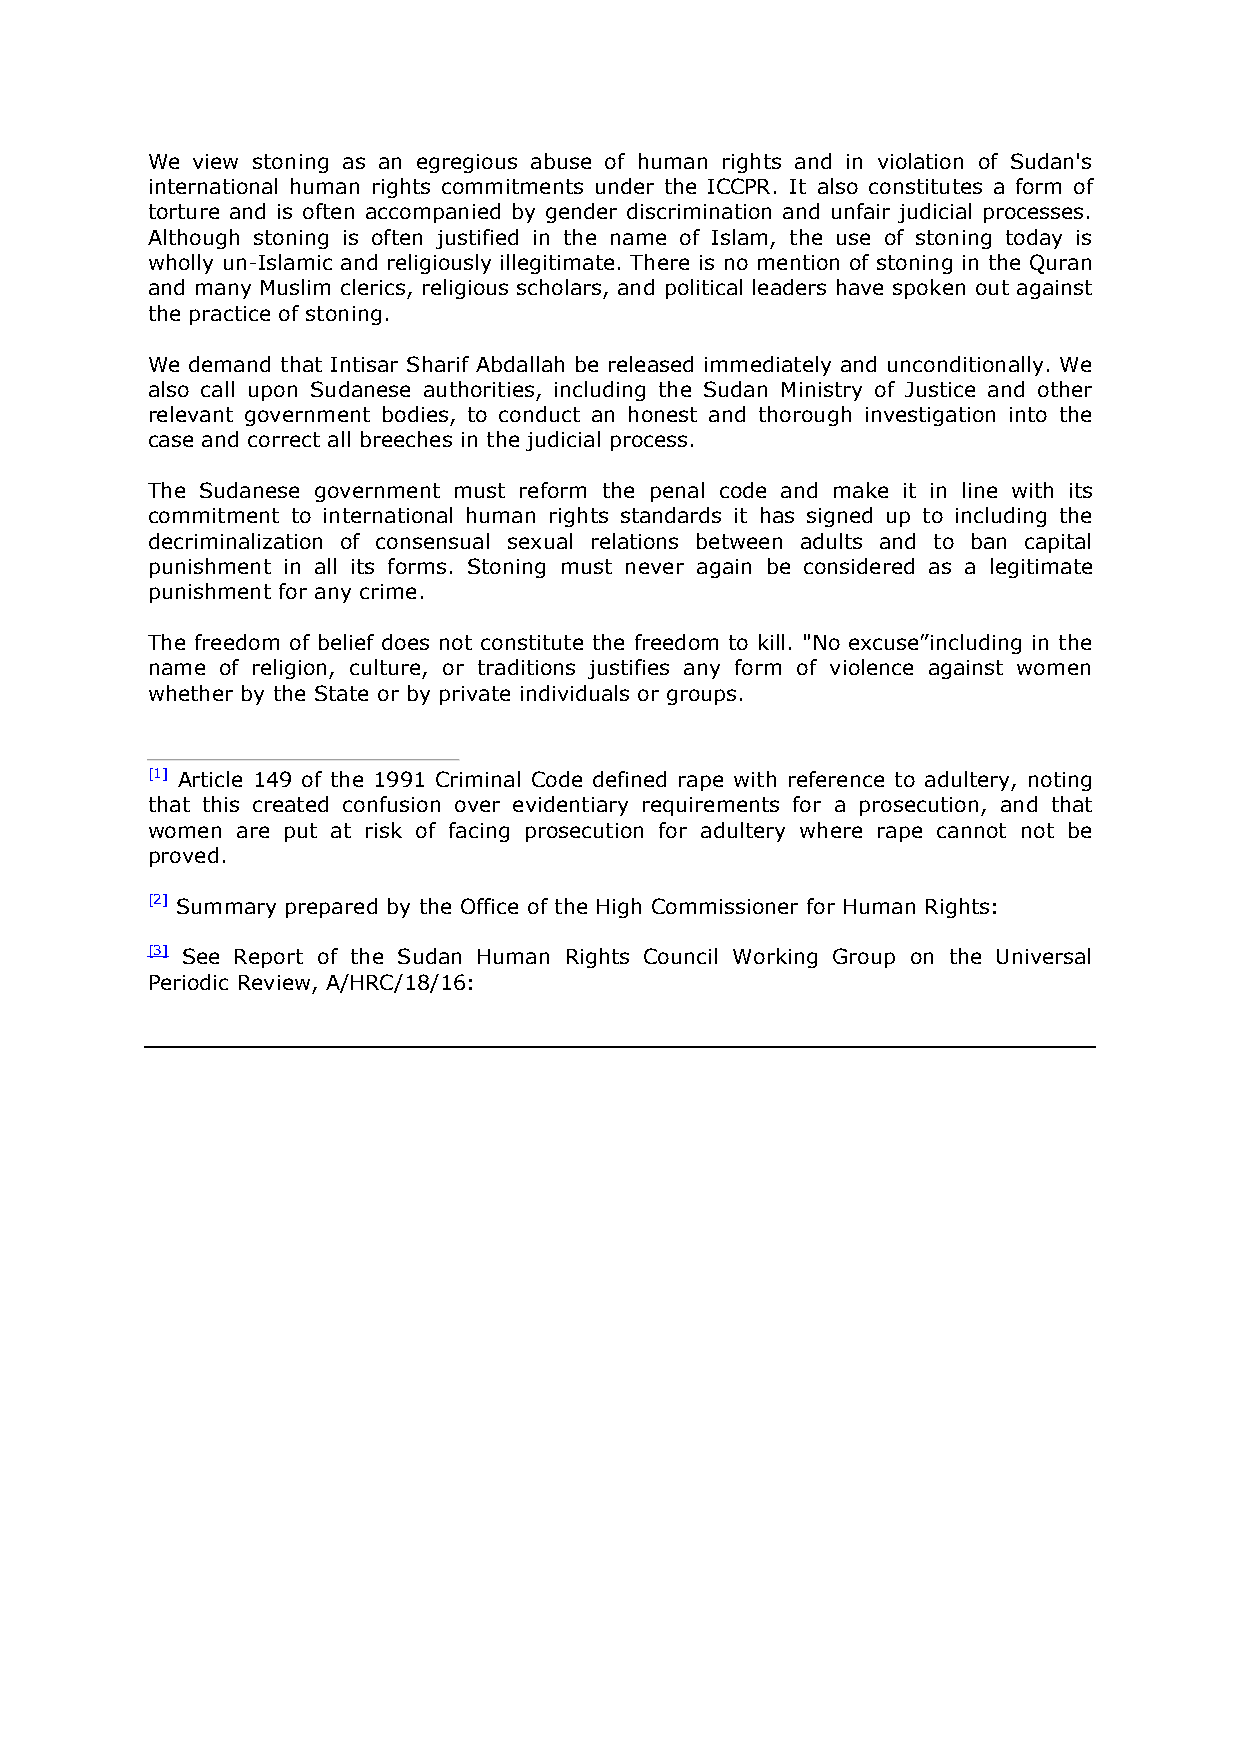
We view stoning as an egregious abuse of human rights and in violation of Sudan's
 international human rights commitments under the ICCPR. It also constitutes a form of
 torture and is often accompanied by gender discrimination and unfair judicial processes.
 Although stoning is often justified in the name of Islam, the use of stoning today is
 wholly un-Islamic and religiously illegitimate. There is no mention of stoning in the Quran
 and many Muslim clerics, religious scholars, and political leaders have spoken out against
 the practice of stoning.
 We demand that Intisar Sharif Abdallah be released immediately and unconditionally. We
 also call upon Sudanese authorities, including the Sudan Ministry of Justice and other
 relevant government bodies, to conduct an honest and thorough investigation into the
 case and correct all breeches in the judicial process.
 The Sudanese government must reform the penal code and make it in line with its
 commitment to international human rights standards it has signed up to including the
 decriminalization of consensual sexual relations between adults and to ban capital
 punishment in all its forms. Stoning must never again be considered as a legitimate
 punishment for any crime.
 The freedom of belief does not constitute the freedom to kill. "No excuse”including in the
 name of religion, culture, or traditions justifies any form of violence against women
 whether by the State or by private individuals or groups.
 [1] Article 149 of the 1991 Criminal Code defined rape with reference to adultery, noting
 that this created confusion over evidentiary requirements for a prosecution, and that
 women are put at risk of facing prosecution for adultery where rape cannot not be
 proved.
 [2] Summary prepared by the Office of the High Commissioner for Human Rights:
 [3] See Report of the Sudan Human Rights Council Working Group on the Universal
 Periodic Review, A/HRC/18/16: